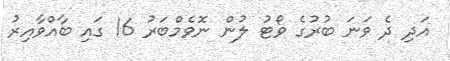
އަދި ދެ ވަނަ ބުރުގެ ވޯޓު ލުން ނޮވެމްބަރު 16 ގައި ބާއްވާއިރު